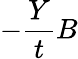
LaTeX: -\frac{Y}{t}B